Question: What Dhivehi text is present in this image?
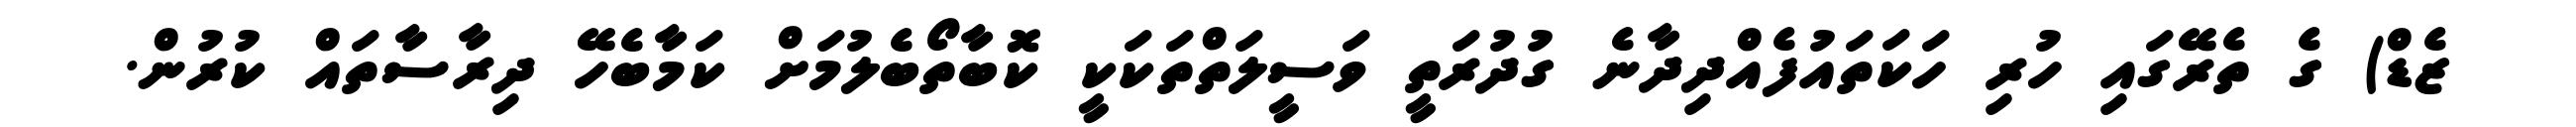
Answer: ޒެޑް) ގެ ތެރޭގައި ހުރި ހަކަތައުފެއްދިދާނެ ގުދުރަތީ ވަސީލަތްތަކަކީ ކޮބާތޯބެލުމަށް ކަމާބެހޭ ދިރާސާތައް ކުރުން.